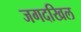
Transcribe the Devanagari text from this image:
जगदखिल